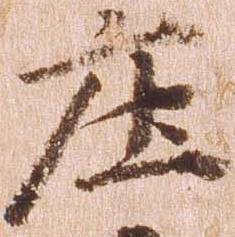
庄